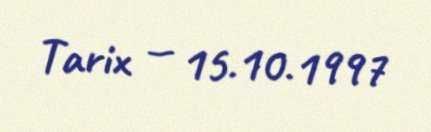
Tarix — 15.10.1997